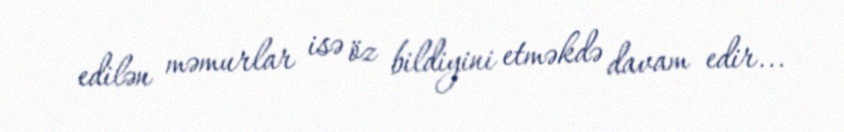
edilən məmurlar isə öz bildiyini etməkdə davam edir...